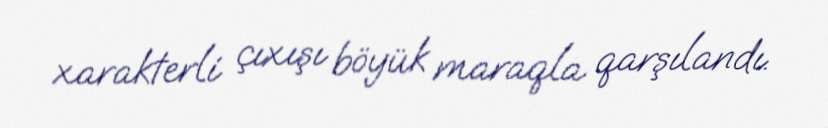
xarakterli çıxışı böyük maraqla qarşılandı.